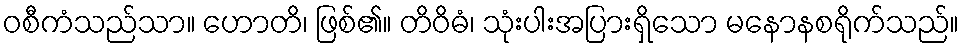
ဝစီကံသည်သာ။ ဟောတိ၊ ဖြစ်၏။ တိဝိဓံ၊ သုံးပါးအပြားရှိသော မနောနစရိုက်သည်။